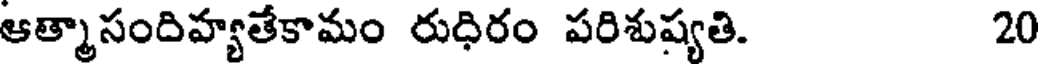
ఆత్మాసందిహ్యతేకామం రుధిరం పరిశుష్యతి. 20